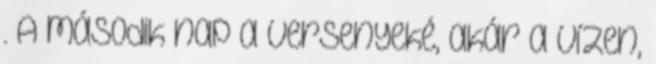
. A második nap a versenyeké, akár a vízen,